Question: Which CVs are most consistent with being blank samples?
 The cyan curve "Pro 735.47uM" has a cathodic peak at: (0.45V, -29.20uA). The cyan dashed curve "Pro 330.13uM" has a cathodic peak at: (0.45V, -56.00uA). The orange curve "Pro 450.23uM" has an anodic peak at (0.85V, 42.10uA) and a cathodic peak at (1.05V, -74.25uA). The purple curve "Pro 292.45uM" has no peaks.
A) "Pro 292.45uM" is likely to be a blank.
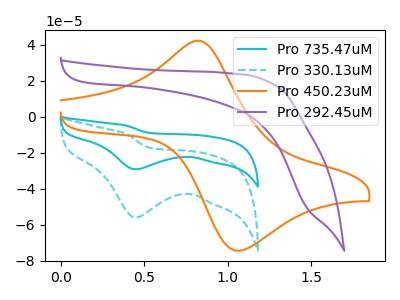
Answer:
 <answer>A) "Pro 292.45uM" is likely to be a blank.</answer>
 <eval>A</eval>